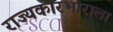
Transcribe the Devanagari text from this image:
राज्यकारभाराला